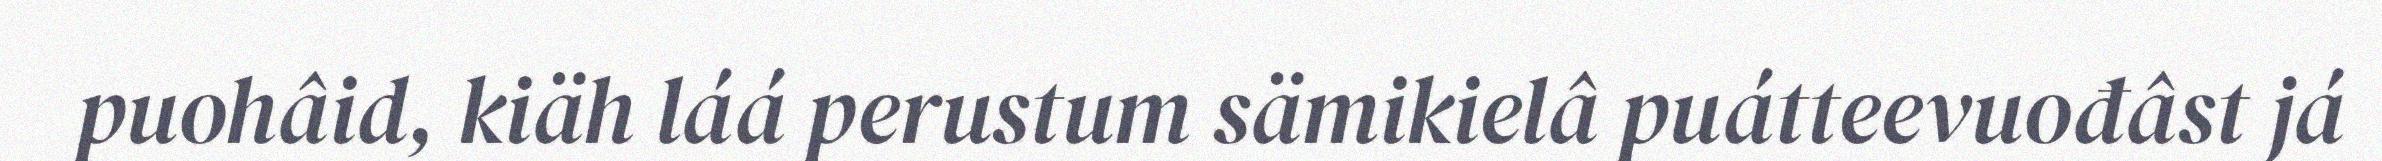
puohâid, kiäh láá perustum sämikielâ puátteevuođâst já